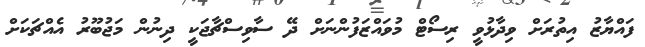
ފައްޔާޒު އިތުރަށް ވިދާޅުވީ ރިސޯޓް މުވައްޒަފުންނަށް ދޭ ސާވިސްޗާޖަކީ ދިނުން މަޖުބޫރު އެއްޗަކަށް